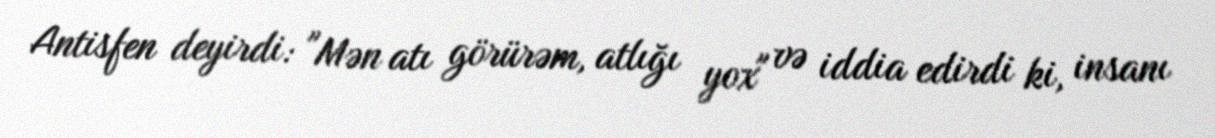
Antisfen deyirdi: "Mən atı görürəm, atlığı yox" və iddia edirdi ki, insanı